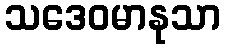
သဒေဝမာနုသာ